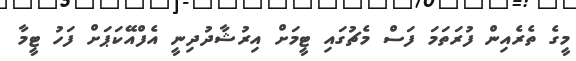
މީގެ ތެރެއިން ފުރަތަމަ ފަސް މެޗުގައި ޓީމަށް އިރުޝާދުދިނީ އެފްއޭކަޕަށް ފަހު ޓީމާ